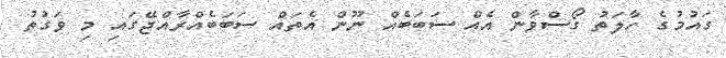
ގައުމުގެ ހާލަތު ގޯސްވާން އެއް ސަބަބެއް ނޫން އެތައް ސަބަބެއްރާއްޖޭގައި މި ވަގުތު